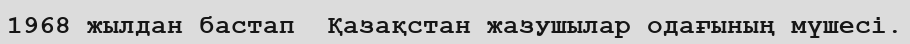
1968 жылдан бастап  Қазақстан жазушылар одағының мүшесі.